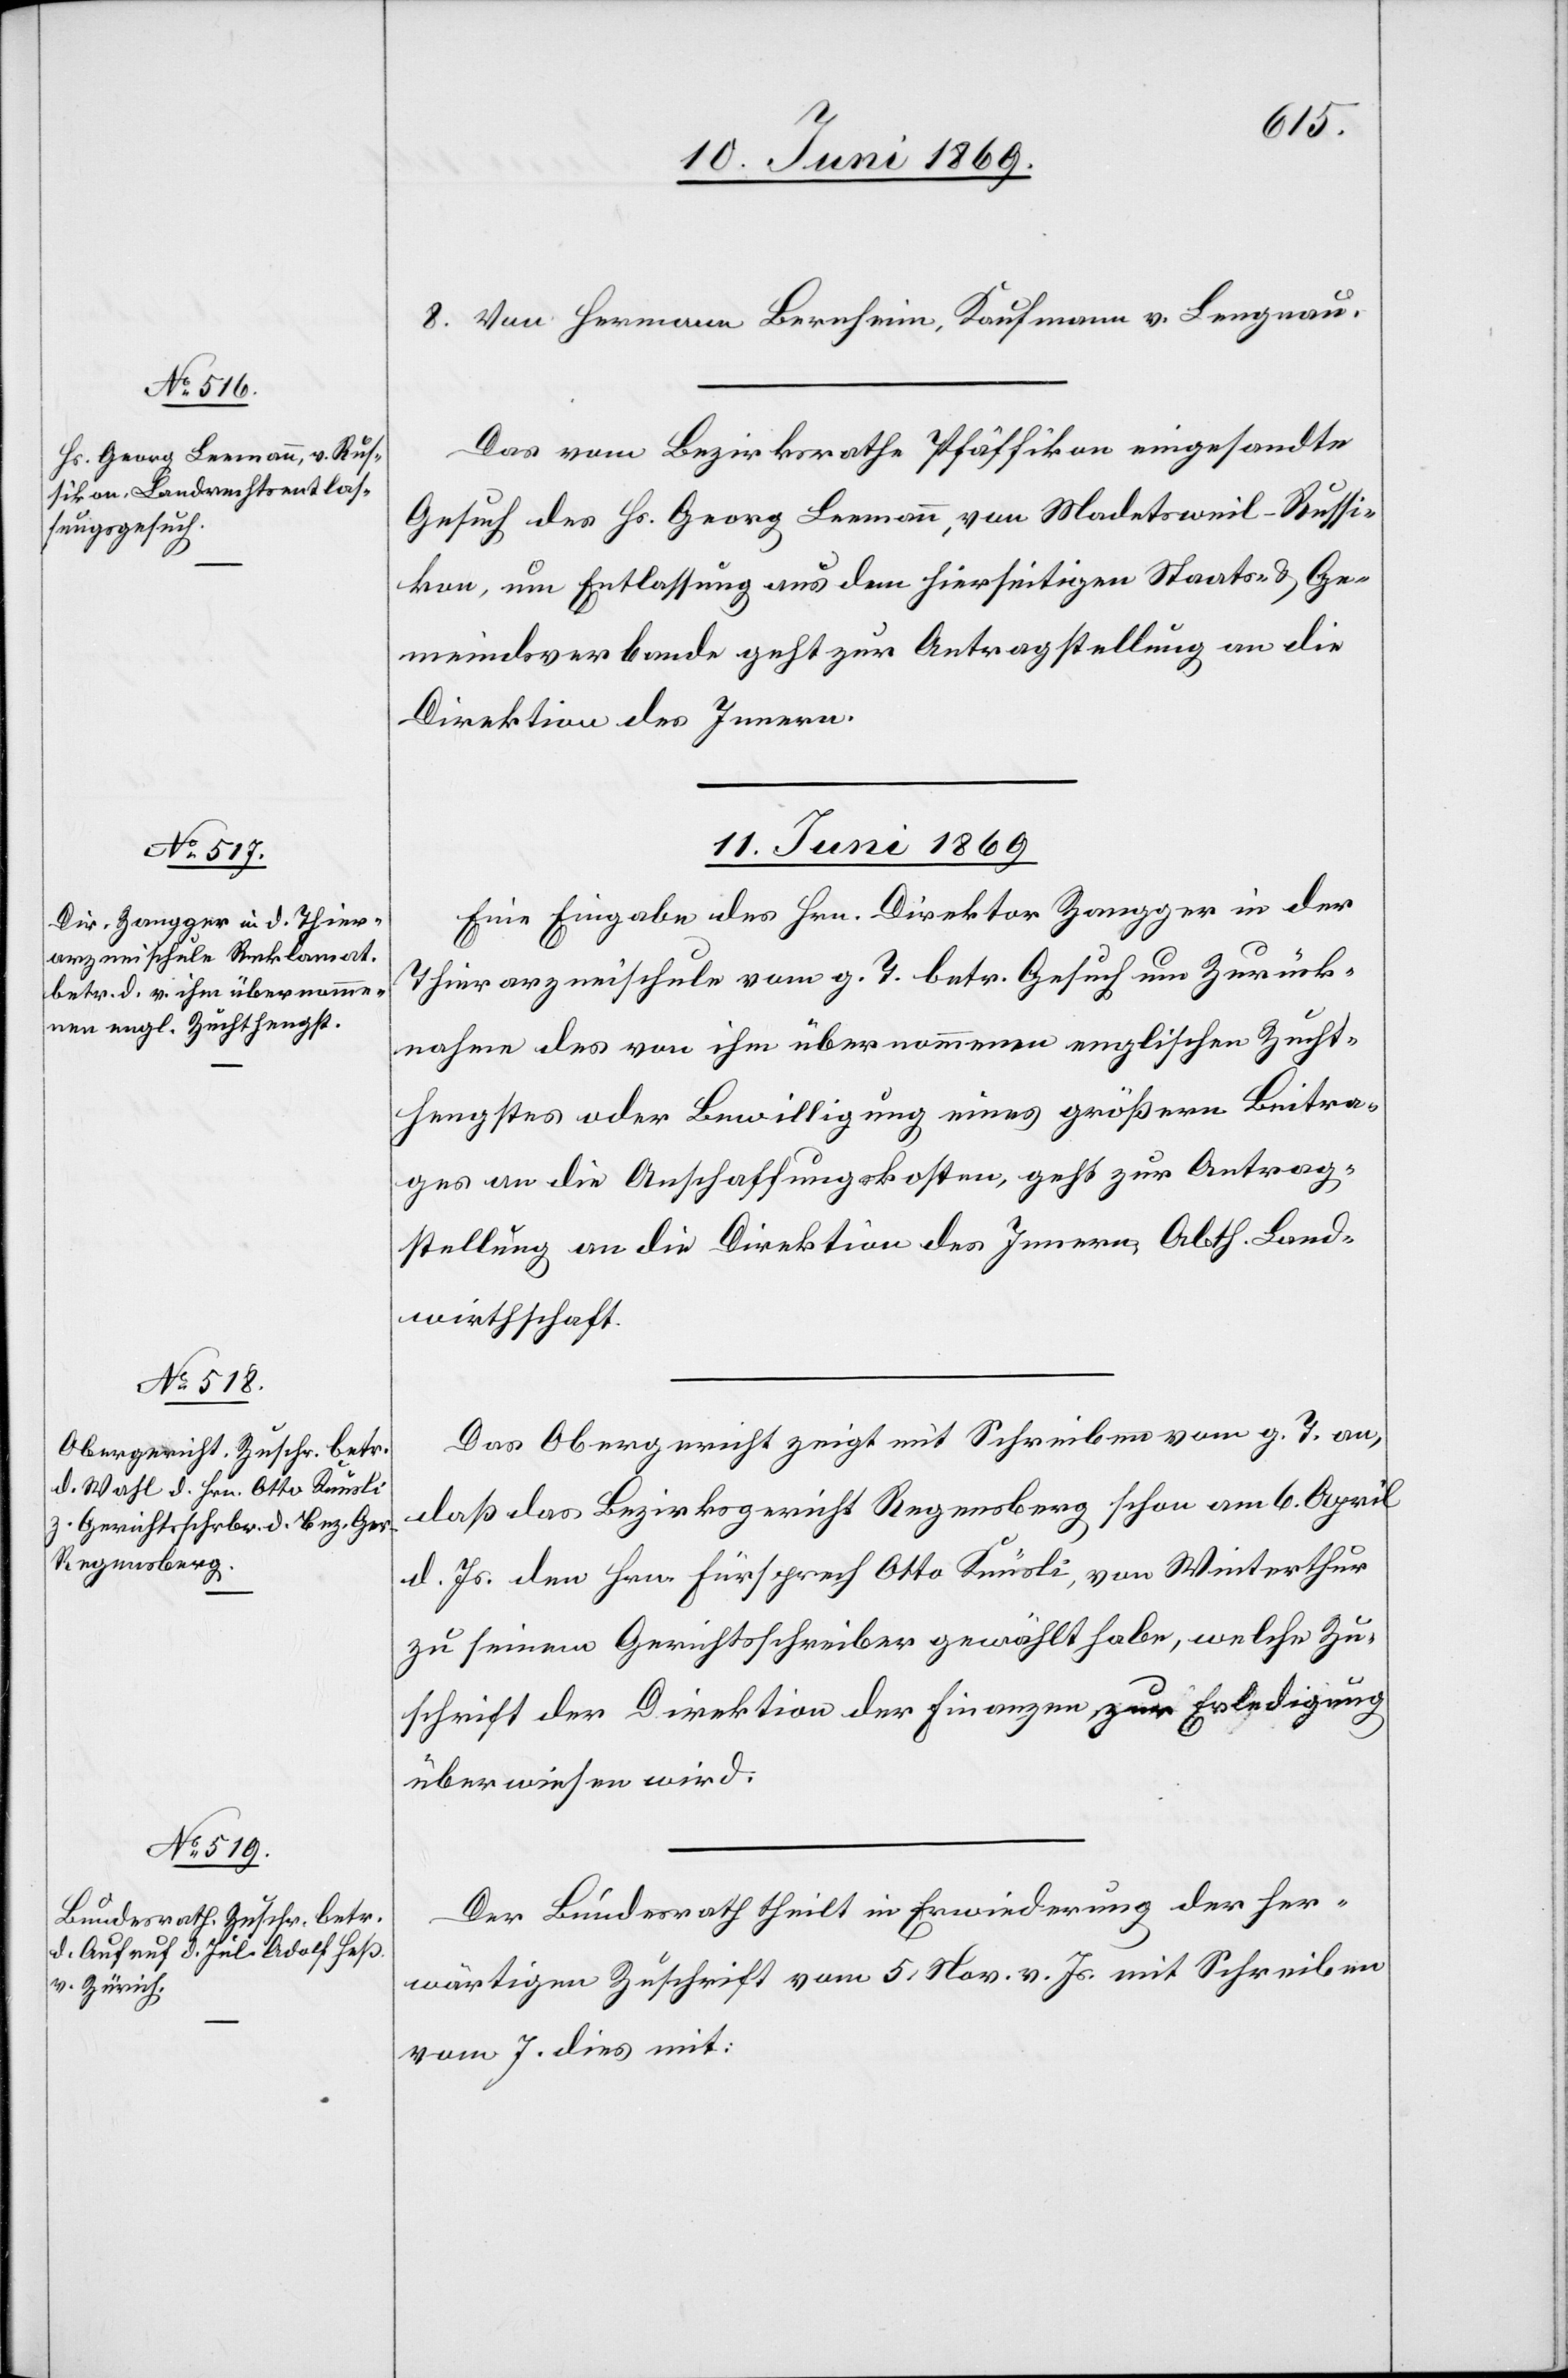
10. Juni 1869.]
8. Von Hermann Bernheim, Kaufmann v. Lengnau.
Das vom Bezirksrathe Pfäffikon eingesandte
Gesuch des Hs. Georg Leemann, von Madetsweil - Russi¬
kon, um Entlassung aus dem hierseitigen Staats- u. Ge¬
meindsverbande geht zur Antragstellung an die
Direktion des Innern.
11. Juni 1869.]
Eine Eingabe des Hrn. Direktor Zangger in der
Thierarzneischule vom g. T. betr. Gesuch um Zurück¬
nahme des von ihm übernommenen englischen Zucht¬
hengstes oder Bewilligung eines größern Beitra¬
ges an die Anschaffungskosten, geht zur Antrag¬
stellung an die Direktion des Innern, Abth. Land¬
wirthschaft.
Das Obergericht zeigt mit Schreiben vom g. T. an,
daß das Bezirksgericht Regensberg schon am 6. April
d. Js. dem Hrn. Fürsprech Otto Knüsli, von Winterthur
zu seinem Gerichtsschreiber gewählt habe, welche Zu¬
schrift der Direktion der Finanzen, zur Erledigung
überwiesen wird.
Der Bundesrath theilt mit Erwiederung der her¬
wärtigen Zuschrift vom 5. Nov. v. Js. mit Schreiben
vom 7. dies mit: